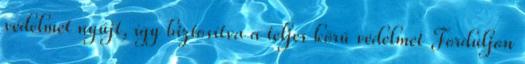
védelmet nyújt, így biztosítva a teljes körű védelmet Forduljon